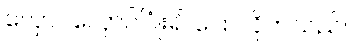
လှောင်လှောင်ပြုံး၍ ပြောလိုက်သည်။